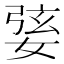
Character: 婱